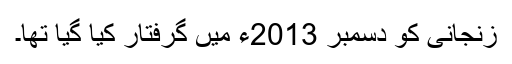
زنجانی کو دسمبر 2013ء میں گرفتار کیا گیا تھا۔